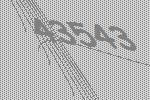
43543